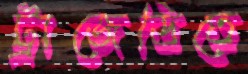
ট্রাজেডিতে